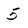
Character: 5